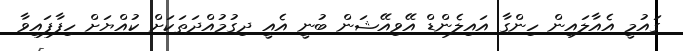
ގައުމީ އެއާލައިން ހިންގާ އައިލެންޑް އޭވިއޭޝަން ބުނީ އެއީ ދިގުމުއްދަތަކަށް ކުއްޔަށް ހިފާފައިވާ